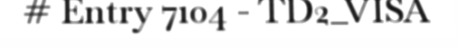
# Entry 7104 - TD2_VISA